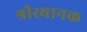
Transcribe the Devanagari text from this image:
श्रीस्थानक